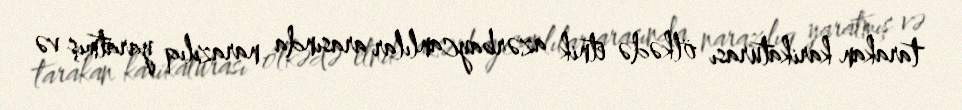
tarakan karikaturası ölkədə etnik azərbaycanlılar arasında narazılıq yaratmış və